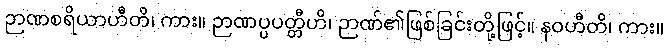
ဉာဏစရိယာဟီတိ၊ ကား။ ဉာဏပ္ပပတ္တီဟိ၊ ဉာဏ်၏ဖြစ်ခြင်းတို့ဖြင့်။ နဝဟီတိ၊ ကား။